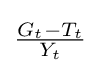
{\textstyle {\frac {G_{t}-T_{t}}{Y_{t}}}}